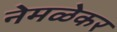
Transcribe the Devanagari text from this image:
नेमळेकर